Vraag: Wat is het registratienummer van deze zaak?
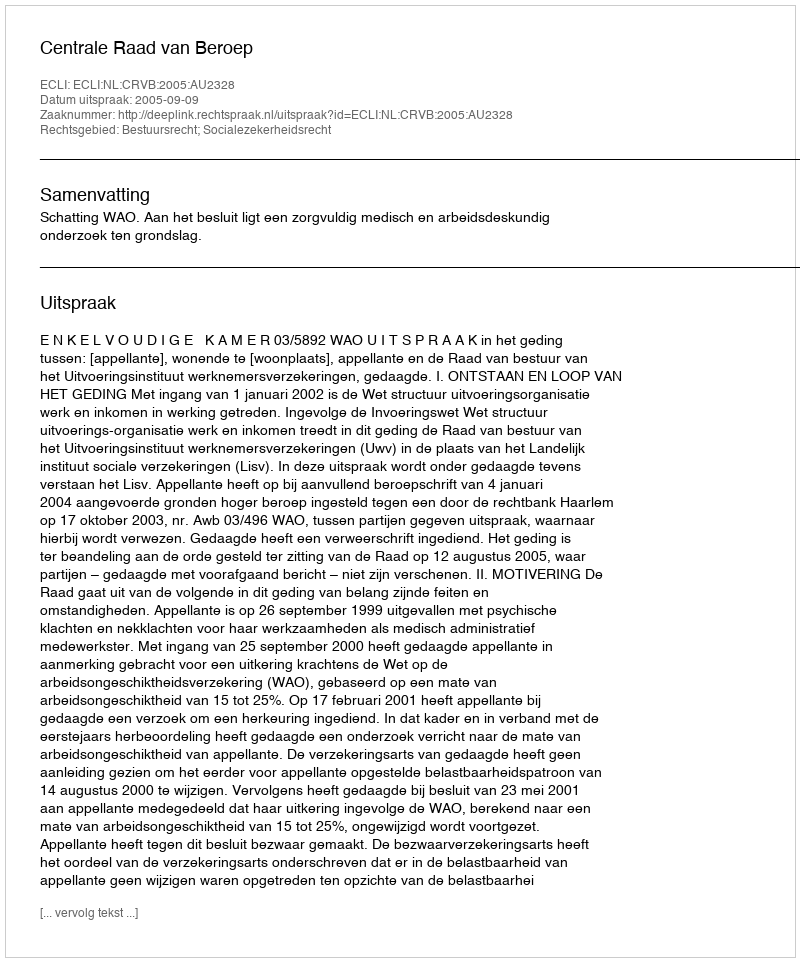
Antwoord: http://deeplink.rechtspraak.nl/uitspraak?id=ECLI:NL:CRVB:2005:AU2328